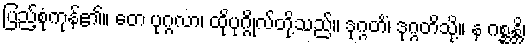
ပြည့်စုံကုန်၏။ တေ ပုဂ္ဂလာ၊ ထိုပုဂ္ဂိုလ်တို့သည်။ ဒုဂ္ဂတိံ၊ ဒုဂ္ဂတိသို့။ န ဂစ္ဆန္တိ၊